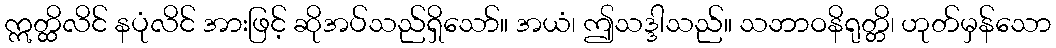
ဣတ္ထိလိင် နပုံလိင် အားဖြင့် ဆိုအပ်သည်ရှိသော်။ အယံ၊ ဤသဒ္ဒါသည်။ သဘာဝနိရုတ္တိ၊ ဟုတ်မှန်သော